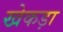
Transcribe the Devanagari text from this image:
खेकड़ा